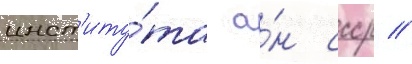
инст'иту́та а́н ссср //